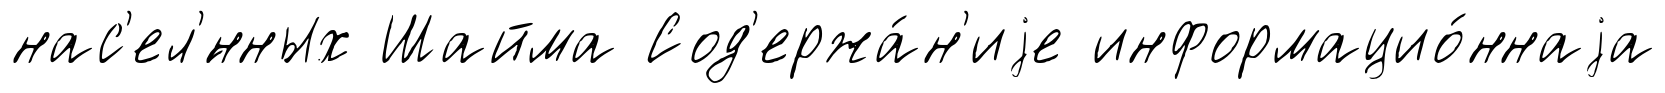
нас'ел'́нных Шайма Сод'ержа́н'иjе информацио́ннаjа